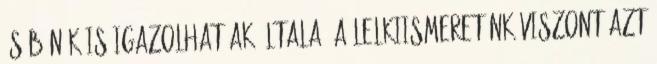
és bűnök is igazolhatóak általa. A lelkiismeretünk viszont azt